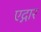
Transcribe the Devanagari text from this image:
एद्गार